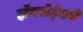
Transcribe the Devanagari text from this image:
हॉगवॉर्ट्‌जचे